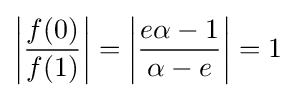
\left|{\frac {f(0)}{f(1)}}\right|=\left|{\frac {e\alpha -1}{\alpha -e}}\right|=1